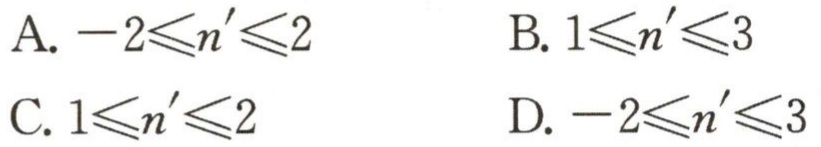
A. \(-2\leqslant n'\leqslant2\)

B. \(1\leqslant n'\leqslant3\)

C. \(1\leqslant n'\leqslant2\)

D. \(-2\leqslant n'\leqslant3\)